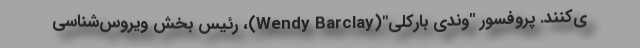
ی‌کنند. پروفسور "وندی بارکلی"(Wendy Barclay)، رئیس بخش ویروس‌شناسی